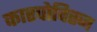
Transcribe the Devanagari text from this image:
कारपोविस्ज